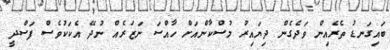
ބައިގަނޑު ތެރެއިން ވަދެގެން ދިޔައިރު މުސްކާންއަށް ހާއްސަ ނަޒަރެއް ނުދޭ އެކަކުވެސް ފަސްދީ